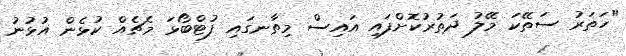
"ހަތަރު ސަތޭކަ މޭލު ދަތުރުކޮށްފައި އައިސް މިތާނގައި ފުޓްބޯޅަ މެޗެއް ކުޅެން އުޅުނު